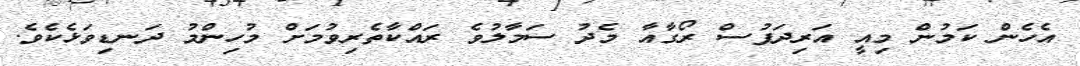
އެހެން ކަމުން މިއީ އަރިދަފުސް ރޯގާއާ މެދު ސަމާލުވެ ރައްކާތެރިވުމަށް މުހިންމު ދަނޑިވަޅެކެވެ.